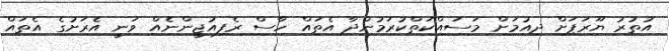
އުތުރު ޔޫރަޕަށް ދިއުމަށް މަސައްކަތްކުރަމުންދާ އެތައް ހާސް ރެފިއުޖީންނެއް ވަނީ އެރަށުގެ އެތައް